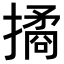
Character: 𢵮